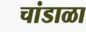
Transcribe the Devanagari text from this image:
चांडाळा